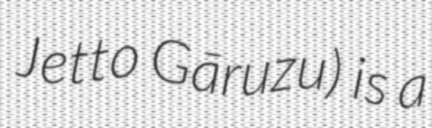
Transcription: Jetto Gāruzu) is a